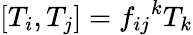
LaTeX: [T_{i},T_{j}]={f_{ij}}^{k}T_{k}